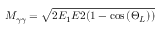
M _ { \gamma \gamma } = \sqrt { 2 E _ { 1 } E 2 ( 1 - \cos { ( \Theta _ { L } ) } ) }